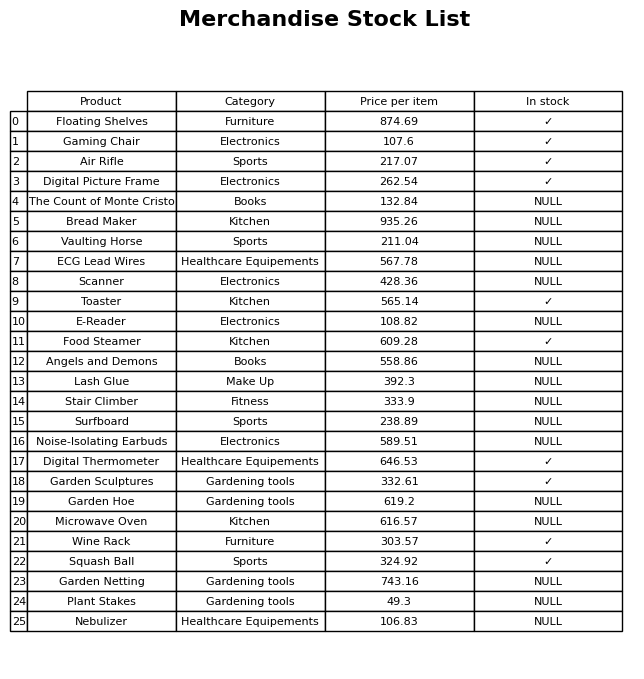
question: What is the stock status of the Food Steamer?
answer: ✓